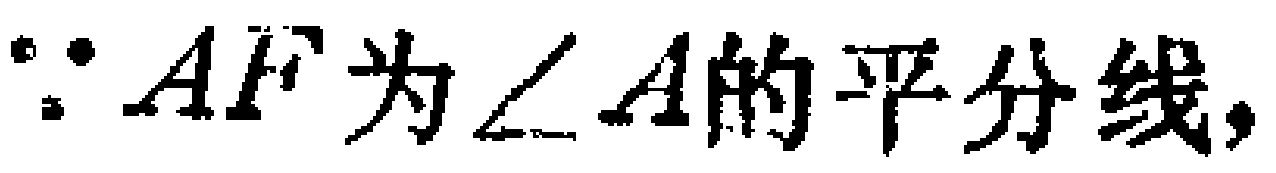
$\because AF为\angle A的平分线,$